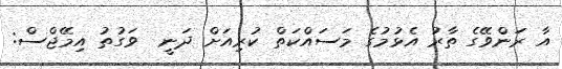
އާ ރަންވޭގެ ތާރު އެޅުމުގެ މަސައްކަތް ކުރިއަށް ދަނީ  ވަގުތު އިމޭޖްސް: